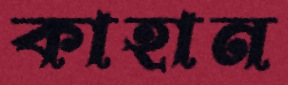
কাহান